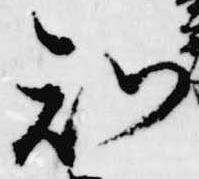
知